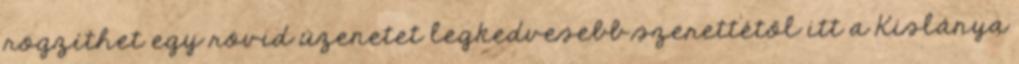
rögzíthet egy rövid üzenetet legkedvesebb szerettétől itt a Kislánya